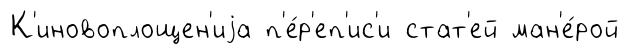
К'иновоплощен'иjа п'е́р'еп'ис'и стат'ей ман'е́рой